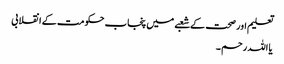
تعلیم اور صحت کے شعبے میں پنجاب حکومت کے انقلابی
یا اللہ رحم ۔